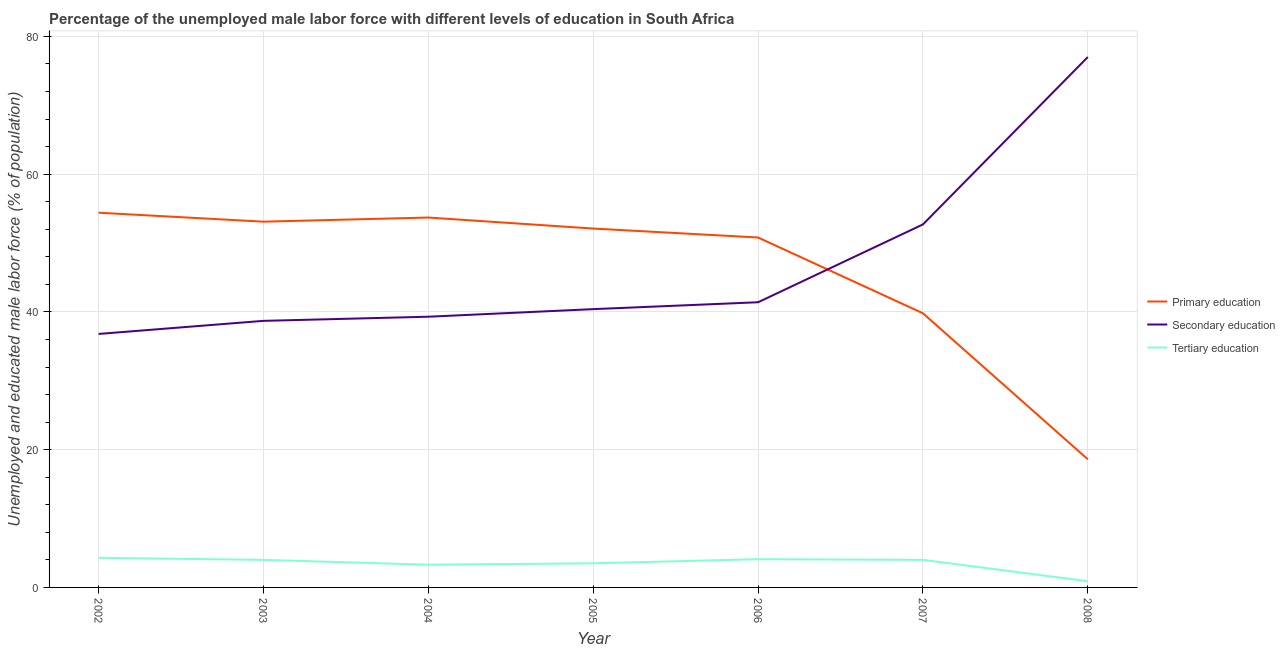
| Year | Primary education | Secondary education | Tertiary education |
 | --- | --- | --- | --- |
 | 2002 | 54.4 | 36.8 | 4.3 |
 | 2003 | 53.1 | 38.7 | 4 |
 | 2004 | 53.7 | 39.3 | 3.3 |
 | 2005 | 52.1 | 40.4 | 3.5 |
 | 2006 | 50.8 | 41.4 | 4.1 |
 | 2007 | 39.8 | 52.7 | 4 |
 | 2008 | 18.6 | 77 | 0.9 |